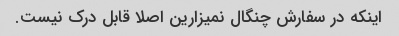
اینکه در سفارش چنگال نمیزارین اصلا قابل درک نیست.